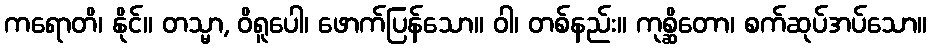
ကရောတိ၊ နိုင်။ တသ္မာ, ဝိရူပေါ၊ ဖောက်ပြန်သော။ ဝါ၊ တစ်နည်း။ ကုစ္ဆိတော၊ စက်ဆုပ်အပ်သော။